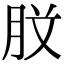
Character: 𭨰